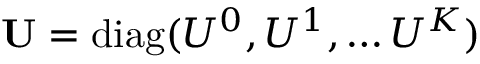
\mathbf { U } = \mathrm { d i a g } ( U ^ { 0 } , U ^ { 1 } , \ldots U ^ { K } )